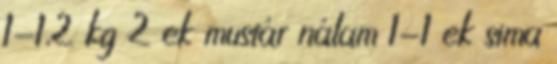
1-1,2 kg 2 ek mustár nálam 1-1 ek sima